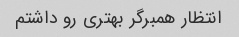
انتظار همبرگر بهتری رو داشتم